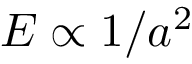
E \propto 1 / a ^ { 2 }